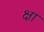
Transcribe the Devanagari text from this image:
क्षा